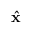
\hat { \mathbf { x } }